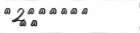
٧٦